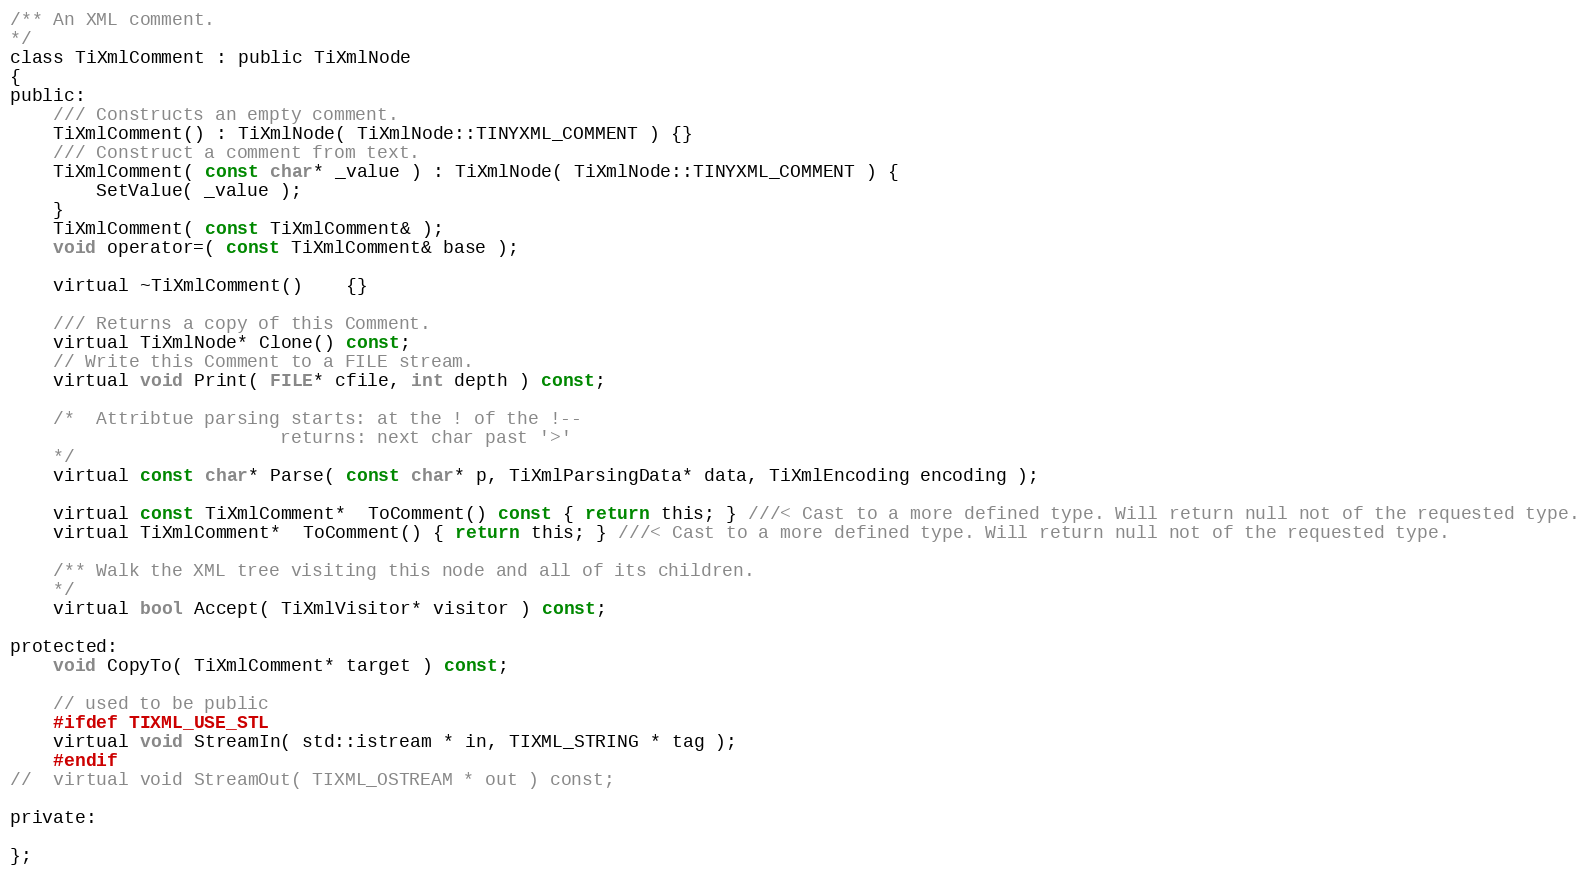
Language: C
/**	An XML comment.
*/
class TiXmlComment : public TiXmlNode
{
public:
	/// Constructs an empty comment.
	TiXmlComment() : TiXmlNode( TiXmlNode::TINYXML_COMMENT ) {}
	/// Construct a comment from text.
	TiXmlComment( const char* _value ) : TiXmlNode( TiXmlNode::TINYXML_COMMENT ) {
		SetValue( _value );
	}
	TiXmlComment( const TiXmlComment& );
	void operator=( const TiXmlComment& base );

	virtual ~TiXmlComment()	{}

	/// Returns a copy of this Comment.
	virtual TiXmlNode* Clone() const;
	// Write this Comment to a FILE stream.
	virtual void Print( FILE* cfile, int depth ) const;

	/*	Attribtue parsing starts: at the ! of the !--
						 returns: next char past '>'
	*/
	virtual const char* Parse( const char* p, TiXmlParsingData* data, TiXmlEncoding encoding );

	virtual const TiXmlComment*  ToComment() const { return this; } ///< Cast to a more defined type. Will return null not of the requested type.
	virtual TiXmlComment*  ToComment() { return this; } ///< Cast to a more defined type. Will return null not of the requested type.

	/** Walk the XML tree visiting this node and all of its children.
	*/
	virtual bool Accept( TiXmlVisitor* visitor ) const;

protected:
	void CopyTo( TiXmlComment* target ) const;

	// used to be public
	#ifdef TIXML_USE_STL
	virtual void StreamIn( std::istream * in, TIXML_STRING * tag );
	#endif
//	virtual void StreamOut( TIXML_OSTREAM * out ) const;

private:

};